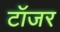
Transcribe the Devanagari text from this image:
टॉजर